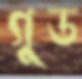
গুড